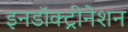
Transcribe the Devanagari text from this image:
इनडॉक्ट्रीनेशन